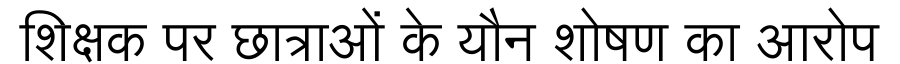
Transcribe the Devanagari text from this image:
शिक्षक पर छात्राओं के यौन शोषण का आरोप